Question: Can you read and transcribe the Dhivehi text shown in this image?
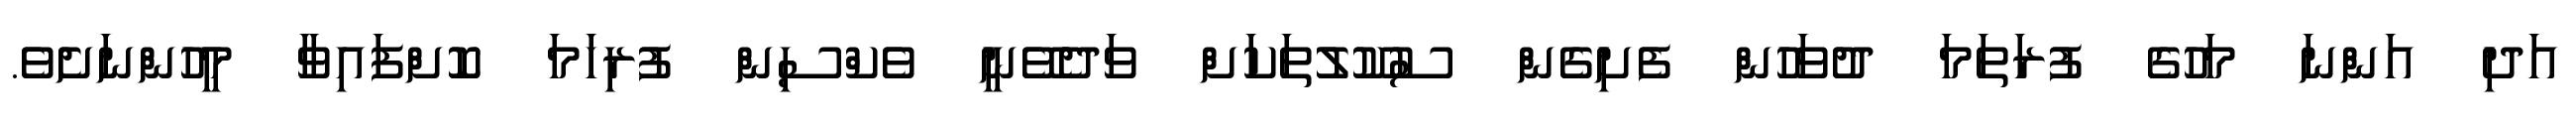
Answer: އަދި އަންނަ މަހުގެ ފުރަތަމަ ދުވަހުން ފެށިގެން ސުކޫލުތަކަށް ވަދެވޭނީ ވެކްސިން ފުރިހަމަ ކޮށްފައިވާ މީހުންނަށެވެ.